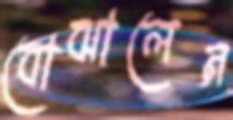
বোঝালেন